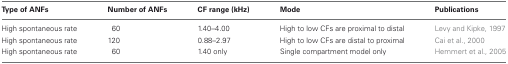
| Type of ANFs | Number of ANFs | CF range (kHz) | Mode | Publications |
 | --- | --- | --- | --- | --- |
 | High spontaneous rate | 60 | 1.40–4.00 | High to low CFs are proximal to distal | Levy and Kipke, 1997 |
 | High spontaneous rate | 120 | 0.88–2.97 | High to low CFs are distal to proximal | Cai et al., 2000 |
 | High spontaneous rate | 60 | 1.40 only | Single compartment model only | Hemmert et al., 2005 |